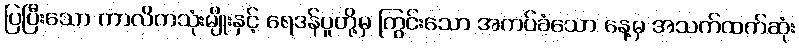
ပြပြီးသော ကာလိကသုံးမျိုးနှင့် ရေဒန်ပူတို့မှ ကြွင်းသော အကပ်ခံသော နေ့မှ အသက်ထက်ဆုံး